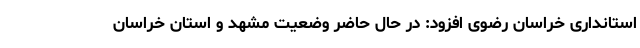
استانداری خراسان رضوی افزود: در حال حاضر وضعیت مشهد و استان خراسان